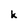
Character: k